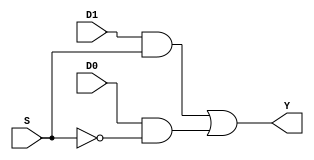
module mux21(Y, D0, D1, S);

    output Y;
    input D0, D1, S;
    wire T1, T2, Sbar;

    and (T1, D1, S), (T2, D0, Sbar);
    not (Sbar, S);
    or (Y, T1, T2);

endmodule